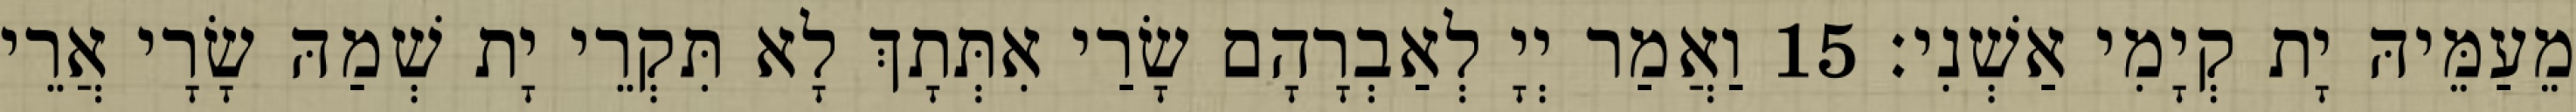
מֵעַמֵּיהּ יָת קְיָמִי אַשְׁנִי׃ 15 וַאֲמַר יְיָ לְאַבְרָהָם שָׂרַי אִתְּתָךְ לָא תִּקְרֵי יָת שְׁמַהּ שָׂרָי אֲרֵי